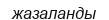
жазаланды